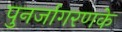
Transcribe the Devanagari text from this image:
पुनर्जागरणके